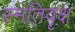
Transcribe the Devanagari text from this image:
स्मतिवृक्ष